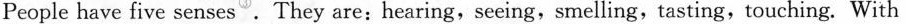
People have five senses .They are:hearing,seeing,smelling,tasting,touching. With